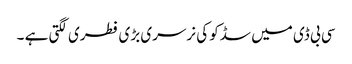
سی بی ڈی میں سڈکو کی نرسری بڑی فطری لگتی ہے ۔